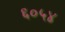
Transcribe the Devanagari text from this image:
६०५४